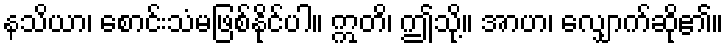
နသိယာ၊ စောင်းသံမဖြစ်နိုင်ပါ။ ဣတိ၊ ဤသို့။ အာဟ၊ လျှောက်ဆို၏။